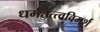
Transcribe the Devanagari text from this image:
धर्मतत्त्वविमर्श